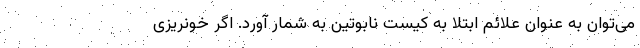
می‌توان به عنوان علائم ابتلا به کیست نابوتین به شمار آورد. اگر خونریزی